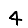
Digit: 4